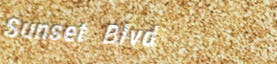
Sunset Blvd